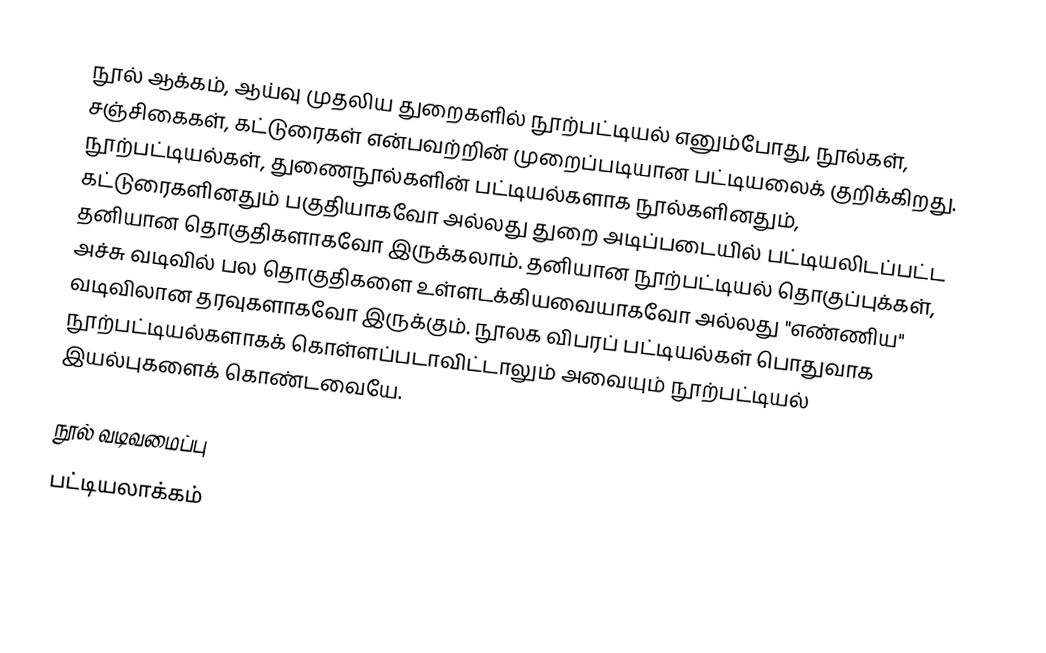
நூல் ஆக்கம், ஆய்வு முதலிய துறைகளில் நூற்பட்டியல் எனும்போது, நூல்கள், சஞ்சிகைகள், கட்டுரைகள் என்பவற்றின் முறைப்படியான பட்டியலைக் குறிக்கிறது. நூற்பட்டியல்கள், துணைநூல்களின் பட்டியல்களாக நூல்களினதும், கட்டுரைகளினதும் பகுதியாகவோ அல்லது துறை அடிப்படையில் பட்டியலிடப்பட்ட தனியான தொகுதிகளாகவோ இருக்கலாம். தனியான நூற்பட்டியல் தொகுப்புக்கள், அச்சு வடிவில் பல தொகுதிகளை உள்ளடக்கியவையாகவோ அல்லது "எண்ணிய" வடிவிலான தரவுகளாகவோ இருக்கும். நூலக விபரப் பட்டியல்கள் பொதுவாக நூற்பட்டியல்களாகக் கொள்ளப்படாவிட்டாலும் அவையும் நூற்பட்டியல் இயல்புகளைக் கொண்டவையே.

நூல் வடிவமைப்பு
பட்டியலாக்கம்